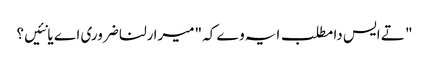
" تے ایس دا مطلب ایہ وے کہ "میرا رلنا ضروری اے یا نئیں؟